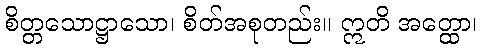
စိတ္တသောဋ္ဌာသော၊ စိတ်အစုတည်း။ ဣတိ အတ္ထော၊